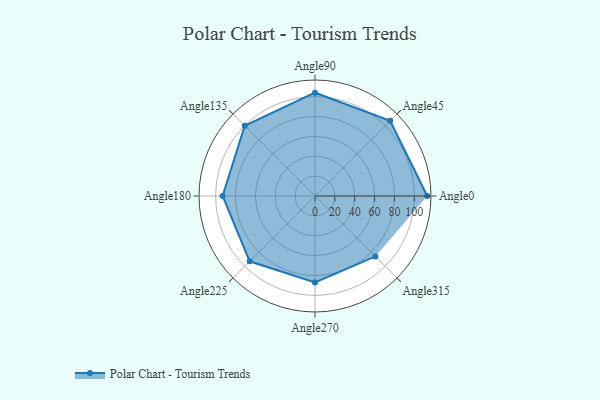
{"axis": {"x": "Angle", "y": "Radius"}, "legend": [""], "data": [{"x": "Angle0", "y": 113.0, "type": ""}, {"x": "Angle45", "y": 107.0, "type": ""}, {"x": "Angle90", "y": 104.0, "type": ""}, {"x": "Angle135", "y": 100.0, "type": ""}, {"x": "Angle180", "y": 93.0, "type": ""}, {"x": "Angle225", "y": 93.0, "type": ""}, {"x": "Angle270", "y": 87.0, "type": ""}, {"x": "Angle315", "y": 86.0, "type": ""}]}